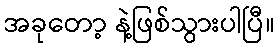
အခုတော့ နဲ့ဖြစ်သွားပါပြီ။